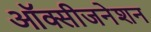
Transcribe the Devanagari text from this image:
ऑक्सीजनेशन